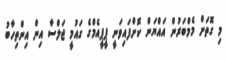
މި ގޮތަށް މެމްބަރުން އައްޔަން ކޮށްފައިވަނީ ޕީޕީއެމްގެ ގައުމީ ޖަލްސާ އިން އިންތިހާބު